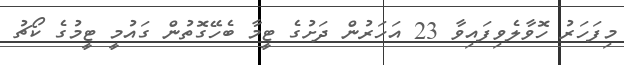
މިފަހަރު ހޮވާލެވިފައިވާ 23 އަހަރުން ދަށުގެ ޓީމާ ބެހޭގޮތުން ގައުމީ ޓީމުގެ ކޯޗު